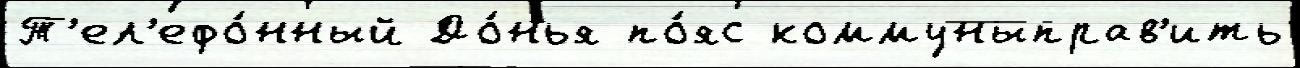
Т'ел'ефо́нный До́нья по́яс коммуныправ'ить